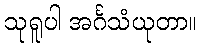
သုရူပါ အင်္ဂသံယုတာ။